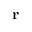
\mathbf { r }